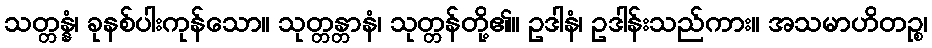
သတ္တန္နံ၊ ခုနစ်ပါးကုန်သော။ သုတ္တန္တာနံ၊ သုတ္တန်တို့၏။ ဥဒါနံ၊ ဥဒါန်းသည်ကား။ အသမာဟိတဉ္စ၊